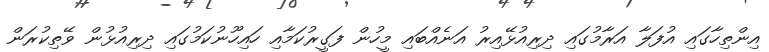
އިންތިހާގައި އުފަލާ އަރާމުގައި ދިރިއުޅޭއިރު އަނެއްބައި މީހުން ފަގީރުކަމާއި ހައިހޫނުކަމުގައި ދިރިއުޅުން ވޭތިކުރަން